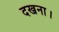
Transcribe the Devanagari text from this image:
दखना।